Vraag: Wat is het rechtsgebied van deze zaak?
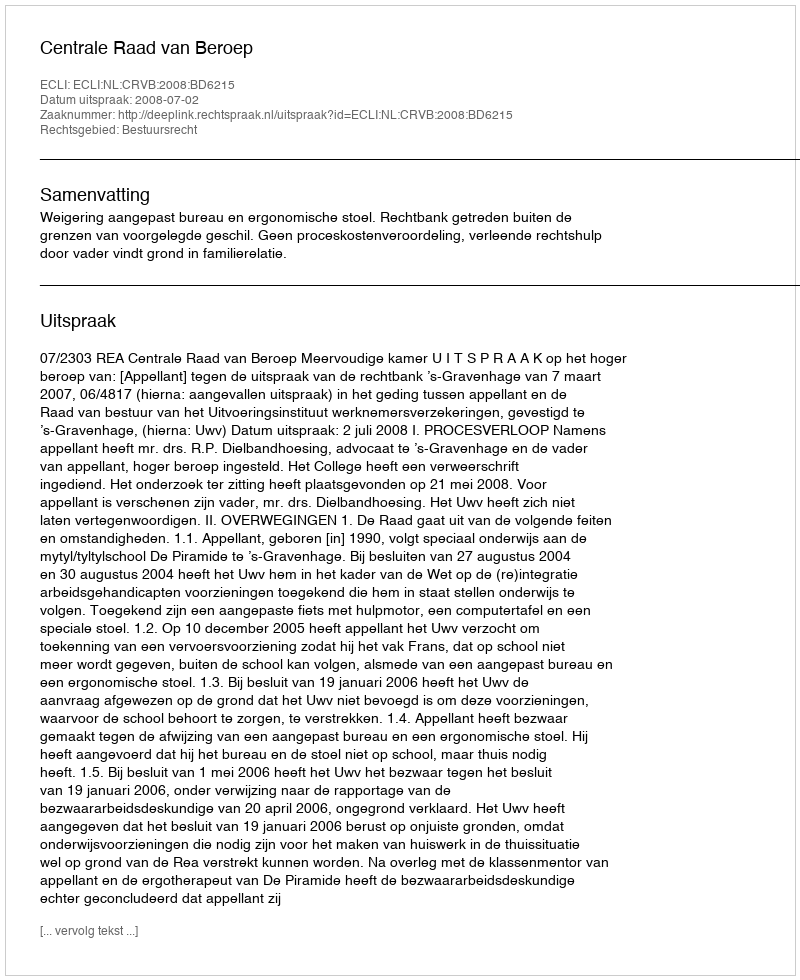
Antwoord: Bestuursrecht